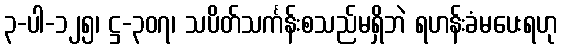
၃-ပါ-၁၂၅၊ ဋ္ဌ-၃၀၇၊ သပိတ်သင်္ကန်းစသည်မရှိဘဲ ရဟန်းခံမပေးရဟု